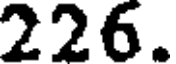
226.